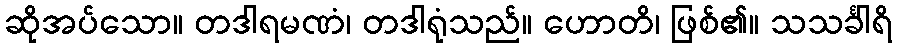
ဆိုအပ်သော။ တဒါရမဏံ၊ တဒါရုံသည်။ ဟောတိ၊ ဖြစ်၏။ သသင်္ခါရိ